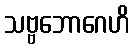
သဗ္ဗဘောဂေဟိ